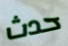
حدث